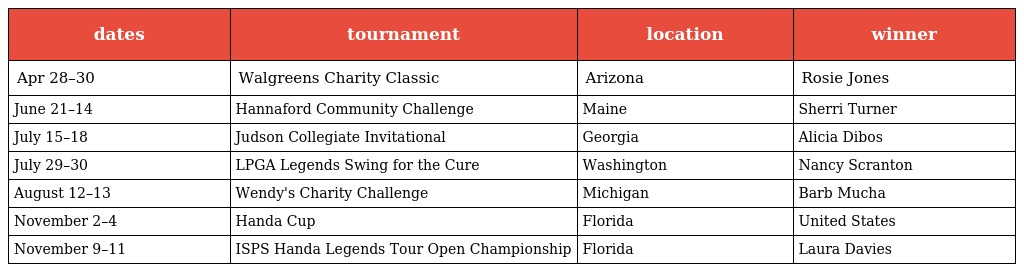
| dates | tournament | location | winner |
 | --- | --- | --- | --- |
 | Apr 28–30 | Walgreens Charity Classic | Arizona | Rosie Jones |
 | June 21–14 | Hannaford Community Challenge | Maine | Sherri Turner |
 | July 15–18 | Judson Collegiate Invitational | Georgia | Alicia Dibos |
 | July 29–30 | LPGA Legends Swing for the Cure | Washington | Nancy Scranton |
 | August 12–13 | Wendy's Charity Challenge | Michigan | Barb Mucha |
 | November 2–4 | Handa Cup | Florida | United States |
 | November 9–11 | ISPS Handa Legends Tour Open Championship | Florida | Laura Davies |